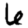
Digit: 6